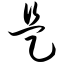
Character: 是